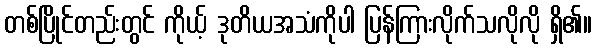
တစ်ပြိုင်တည်းတွင် ကိုယ့် ဒုတိယအသံကိုပါ ပြန်ကြားလိုက်သလိုလို ရှိ၏။